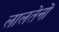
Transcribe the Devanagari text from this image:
लालतेनों